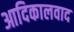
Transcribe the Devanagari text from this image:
आदिकालवाद